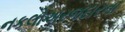
નકલોઅરજદારના